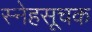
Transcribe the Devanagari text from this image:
स्नेहसूचक